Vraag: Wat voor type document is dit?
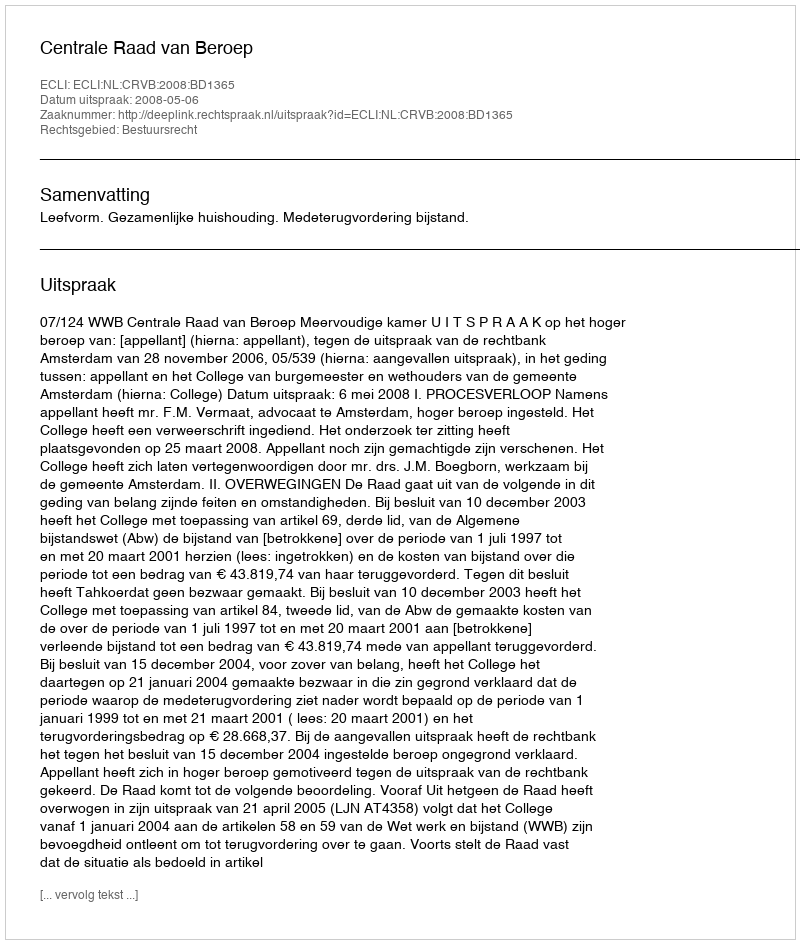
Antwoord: Uitspraak